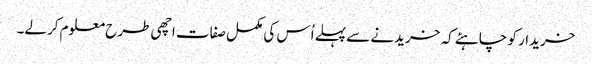
خریدار کو چاہئے کہ خریدنے سے پہلے اُس کی مکمل صفات اچھی طرح معلوم کرلے۔